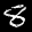
Label: 8